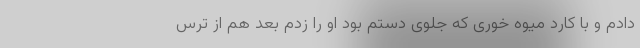
دادم و با کارد میوه خوری که جلوی دستم بود او را زدم بعد هم از ترس